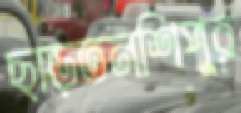
ছাড়তনশিপুর